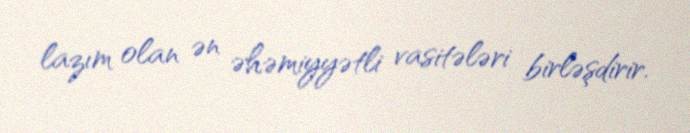
lazım olan ən əhəmiyyətli vasitələri birləşdirir.